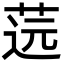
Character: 䓕